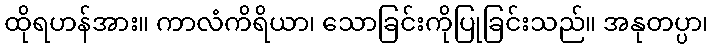
ထိုရဟန်အား။ ကာလံကိရိယာ၊ သောခြင်းကိုပြုခြင်းသည်။ အနုတပ္ပာ၊